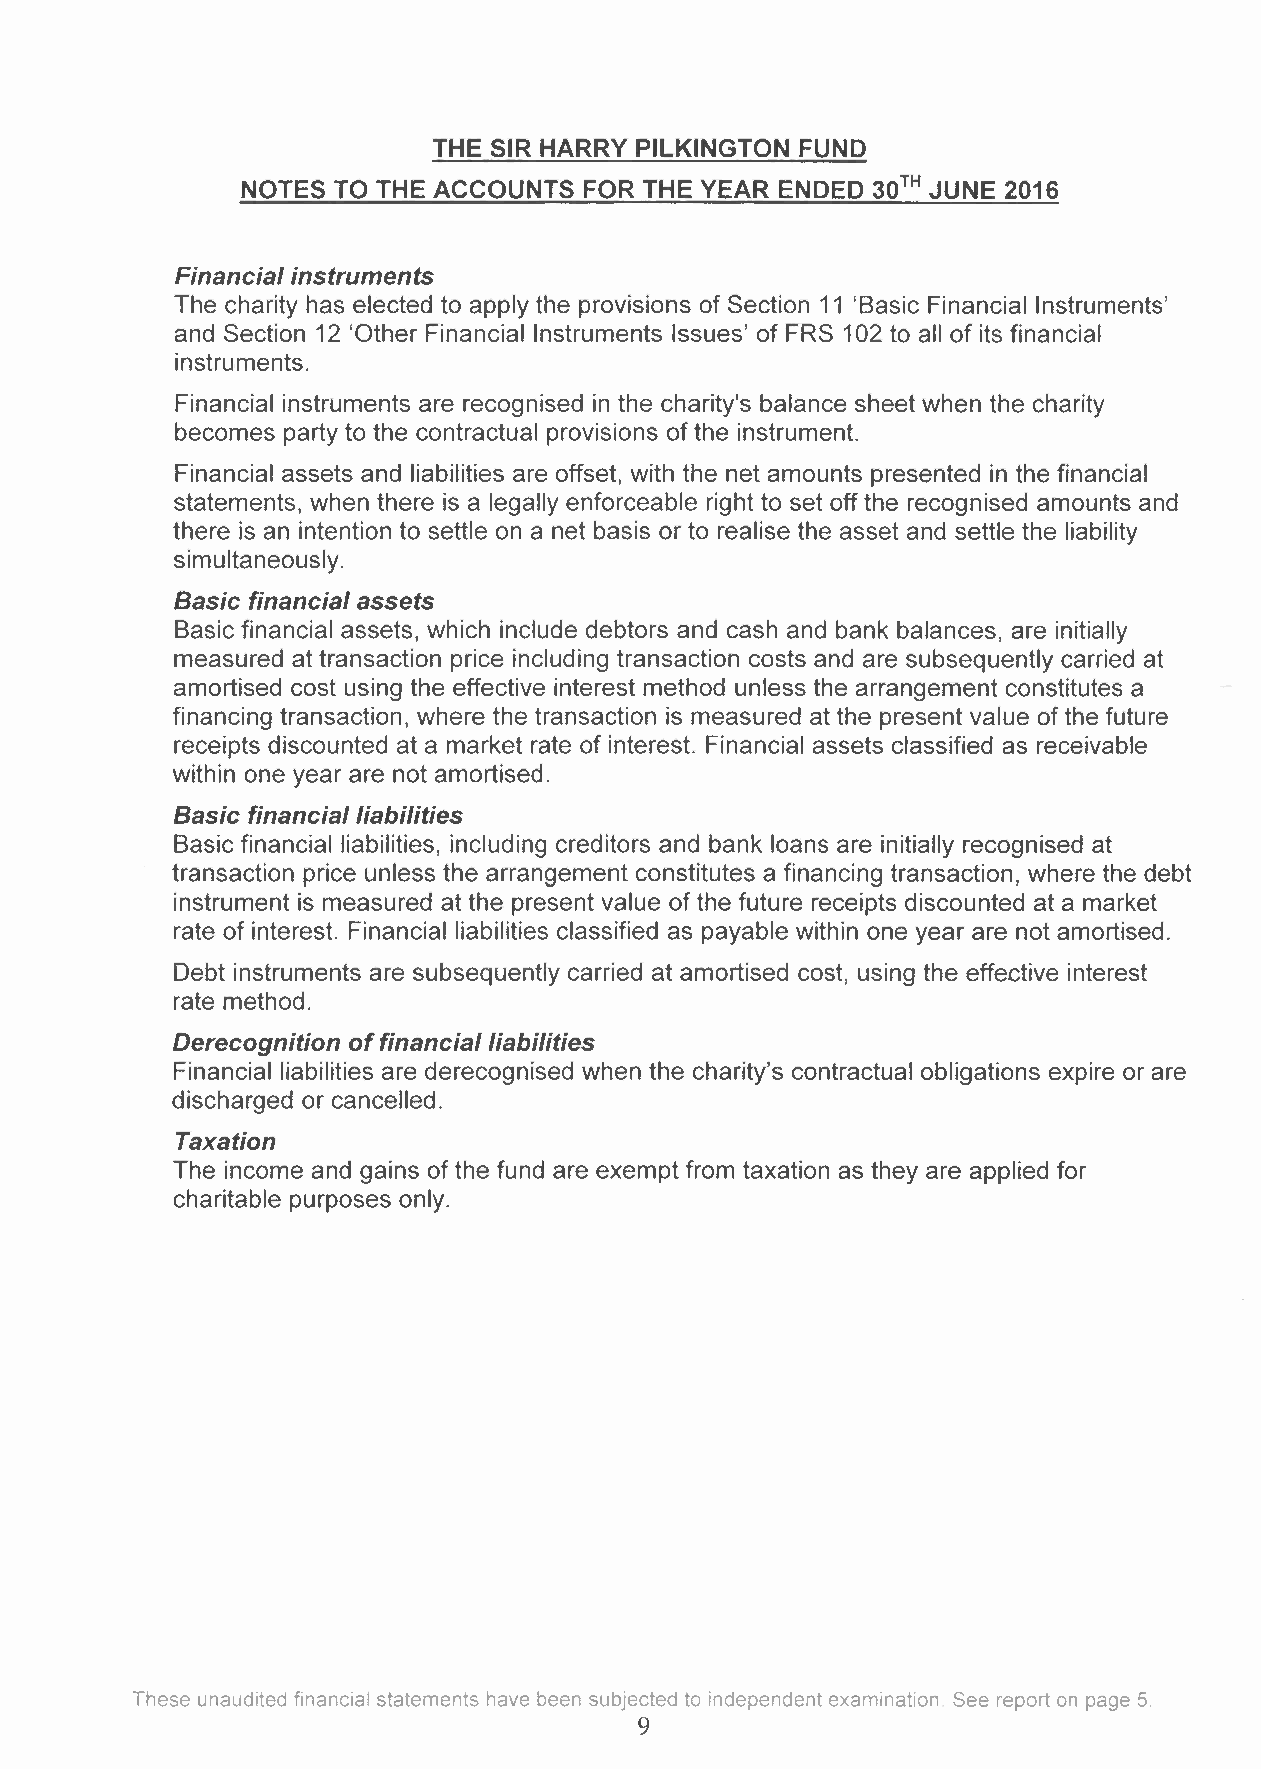
THE SIR HARRY PILKINGTON FUND
 NOTES TO THE ACCOUNTS  FOR THE YEAR ENDED 30TH JUNE 2016
 Financial instruments
 The charity has elected to apply the provisions of Section 11 'Basic Financial Instruments'
 and Section 12 'Other Financial Instruments Issues' of FRS 102 to all of its financial
 instruments.
 Financial instruments are recognised in the charity's balance sheet when the charity
 becomes party to the contractual provisions of the instrument.
 Financial assets and liabilities are offset, with the net amounts presented in the financial
 statements, when there is a legally enforceable right to set off the recognised amounts and
 there is an intention to settle on a net basis or to realise the asset and settle the liability
 simultaneously.
 Basic financial assets
 Basic financial assets, which include debtors and cash and bank balances, are initially
 measured at transaction price including transaction costs and are subsequently carried at
 amortised cost using the effective interest method unless the arrangement constitutes a
 financing transaction, where the transaction is measured at the present value of the future
 receipts discounted at a market rate of interest. Financial assets classified as receivable
 within one year are not amortised.
 Basic financial liabilities
 Basic financial liabilities, including creditors and bank loans are initially recognised at
 transaction price unless the arrangement constitutes a financing transaction, where the debt
 instrument is measured at the present value of the future receipts discounted at a market
 rate of interest. Financial liabilities classified as payable within one year are not amortised.
 Debt instruments are subsequently carried at amortised cost, using the effective interest
 rate method.
 Derecognition of financial liabilities
 Financial liabilities are derecognised when the charity's contractual obligations expire or are
 discharged or cancelled.
 Taxation
 The income and gains of the fund are exempt from taxation as they are applied for
 charitable purposes only.
 These unaudited financial statements have been subjected to independent examination See report on page 5.
 9